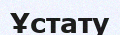
Ұстату